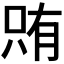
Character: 𫪫